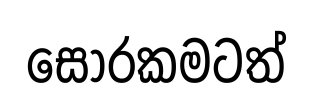
සොරකමටත්